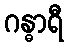
ဂန္ဓာရီ